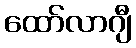
ထော်လာဂျီ